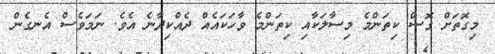
މިގޮތަށް ގޮސް ކިތަންމެ މިސާލަކާއި ކިތަންމެ ވާހަކައެއް ދެއްކިދާނެ އެވެ. ނަމަވެސް އެނގެން